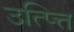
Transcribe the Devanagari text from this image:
उत्प्त्ति